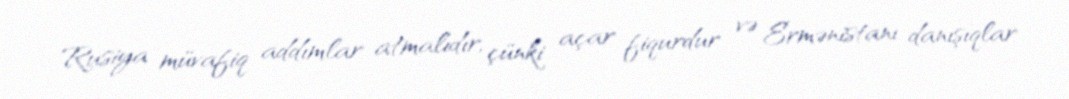
Rusiya müvafiq addımlar atmalıdır, çünki açar fiqurdur və Ermənistanı danışıqlar